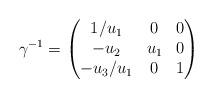
LaTeX: \begin{align*}\gamma^{-1}=\begin{pmatrix}1/u_1 &0 &0 \\-u_2 & u_1 & 0\\-u_3/u_1 & 0 &1\end{pmatrix}\end{align*}